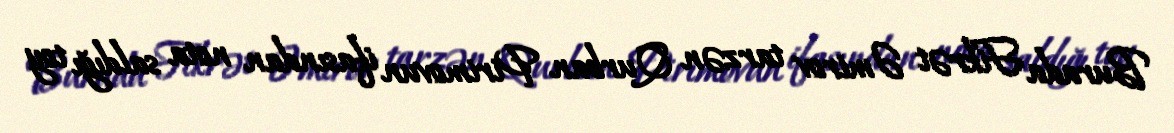
Burada Fikrət Əmirov tarzən Qurban Pirimovun ifasından nota saldığı toy